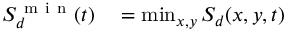
\begin{array} { r l } { S _ { d } ^ { \mathrm { ~ m ~ i ~ n ~ } } ( t ) } & { { } = \operatorname* { m i n } _ { x , y } S _ { d } ( x , y , t ) } \end{array}